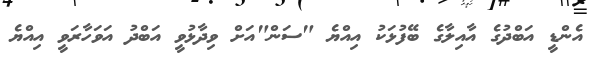
އެންޑީ އަބްދުގެ އާއިލާގެ ބޭފުޅަކު އިއްޔެ "ސަން"އަށް ވިދާޅުވީ އަބްދު އަވަހާރަވީ އިއްޔެ